Problem: 6 × 3 = ?
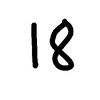
Handwritten answer: 18